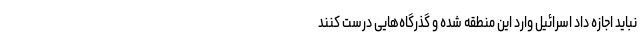
نباید اجازه داد اسرائیل وارد این منطقه شده و گذرگاه‌هایی درست کنند